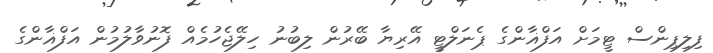
ފިލިޕިންސް ޓީމަށް އަފްޣާންގެ ޕެނަލްޓީ އޭރިޔާ ބޭރުން ލިބުނު ހިލޭޖެހުމެއް ފޮނުވާލުމުން އަފްޣާންގެ